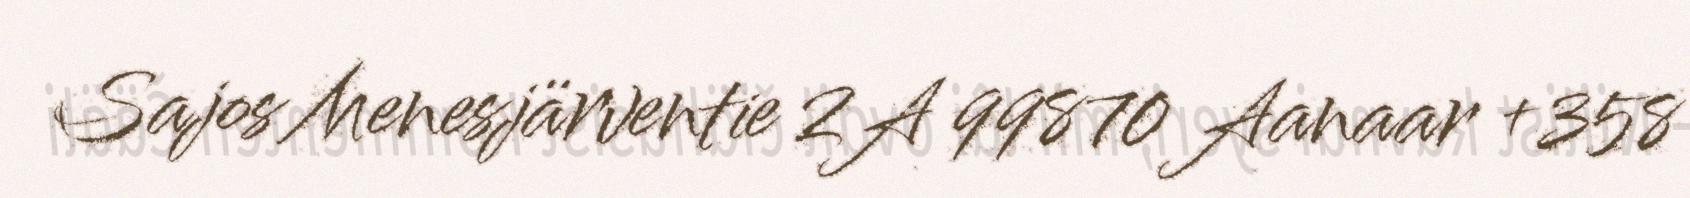
Sajos Menesjärventie 2A 99870 Aanaar +358